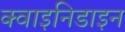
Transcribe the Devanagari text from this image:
क्वाइनिडाइन